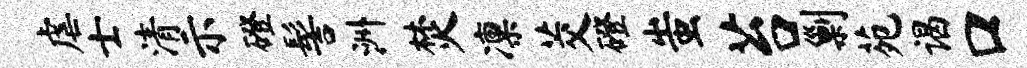
虐士清示磴髻洲焚凛茭磴蚩苔剿苑谒口